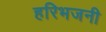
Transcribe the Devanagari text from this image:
हरिभजनी